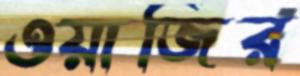
ওয়াজির